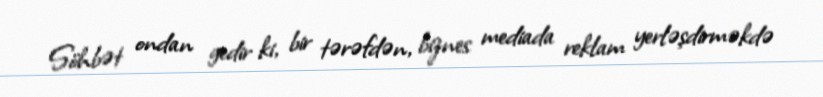
Söhbət ondan gedir ki, bir tərəfdən, biznes mediada reklam yerləşdirməkdə